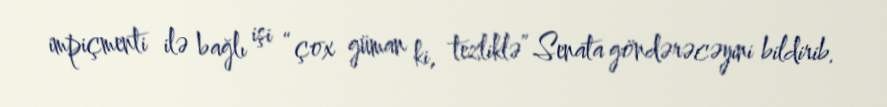
impiçmenti ilə bağlı işi “çox güman ki, tezliklə” Senata göndərəcəyini bildirib.